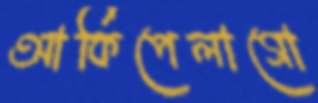
আর্কিপেলাগো